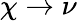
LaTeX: \chi\to\nu